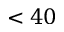
< 4 0